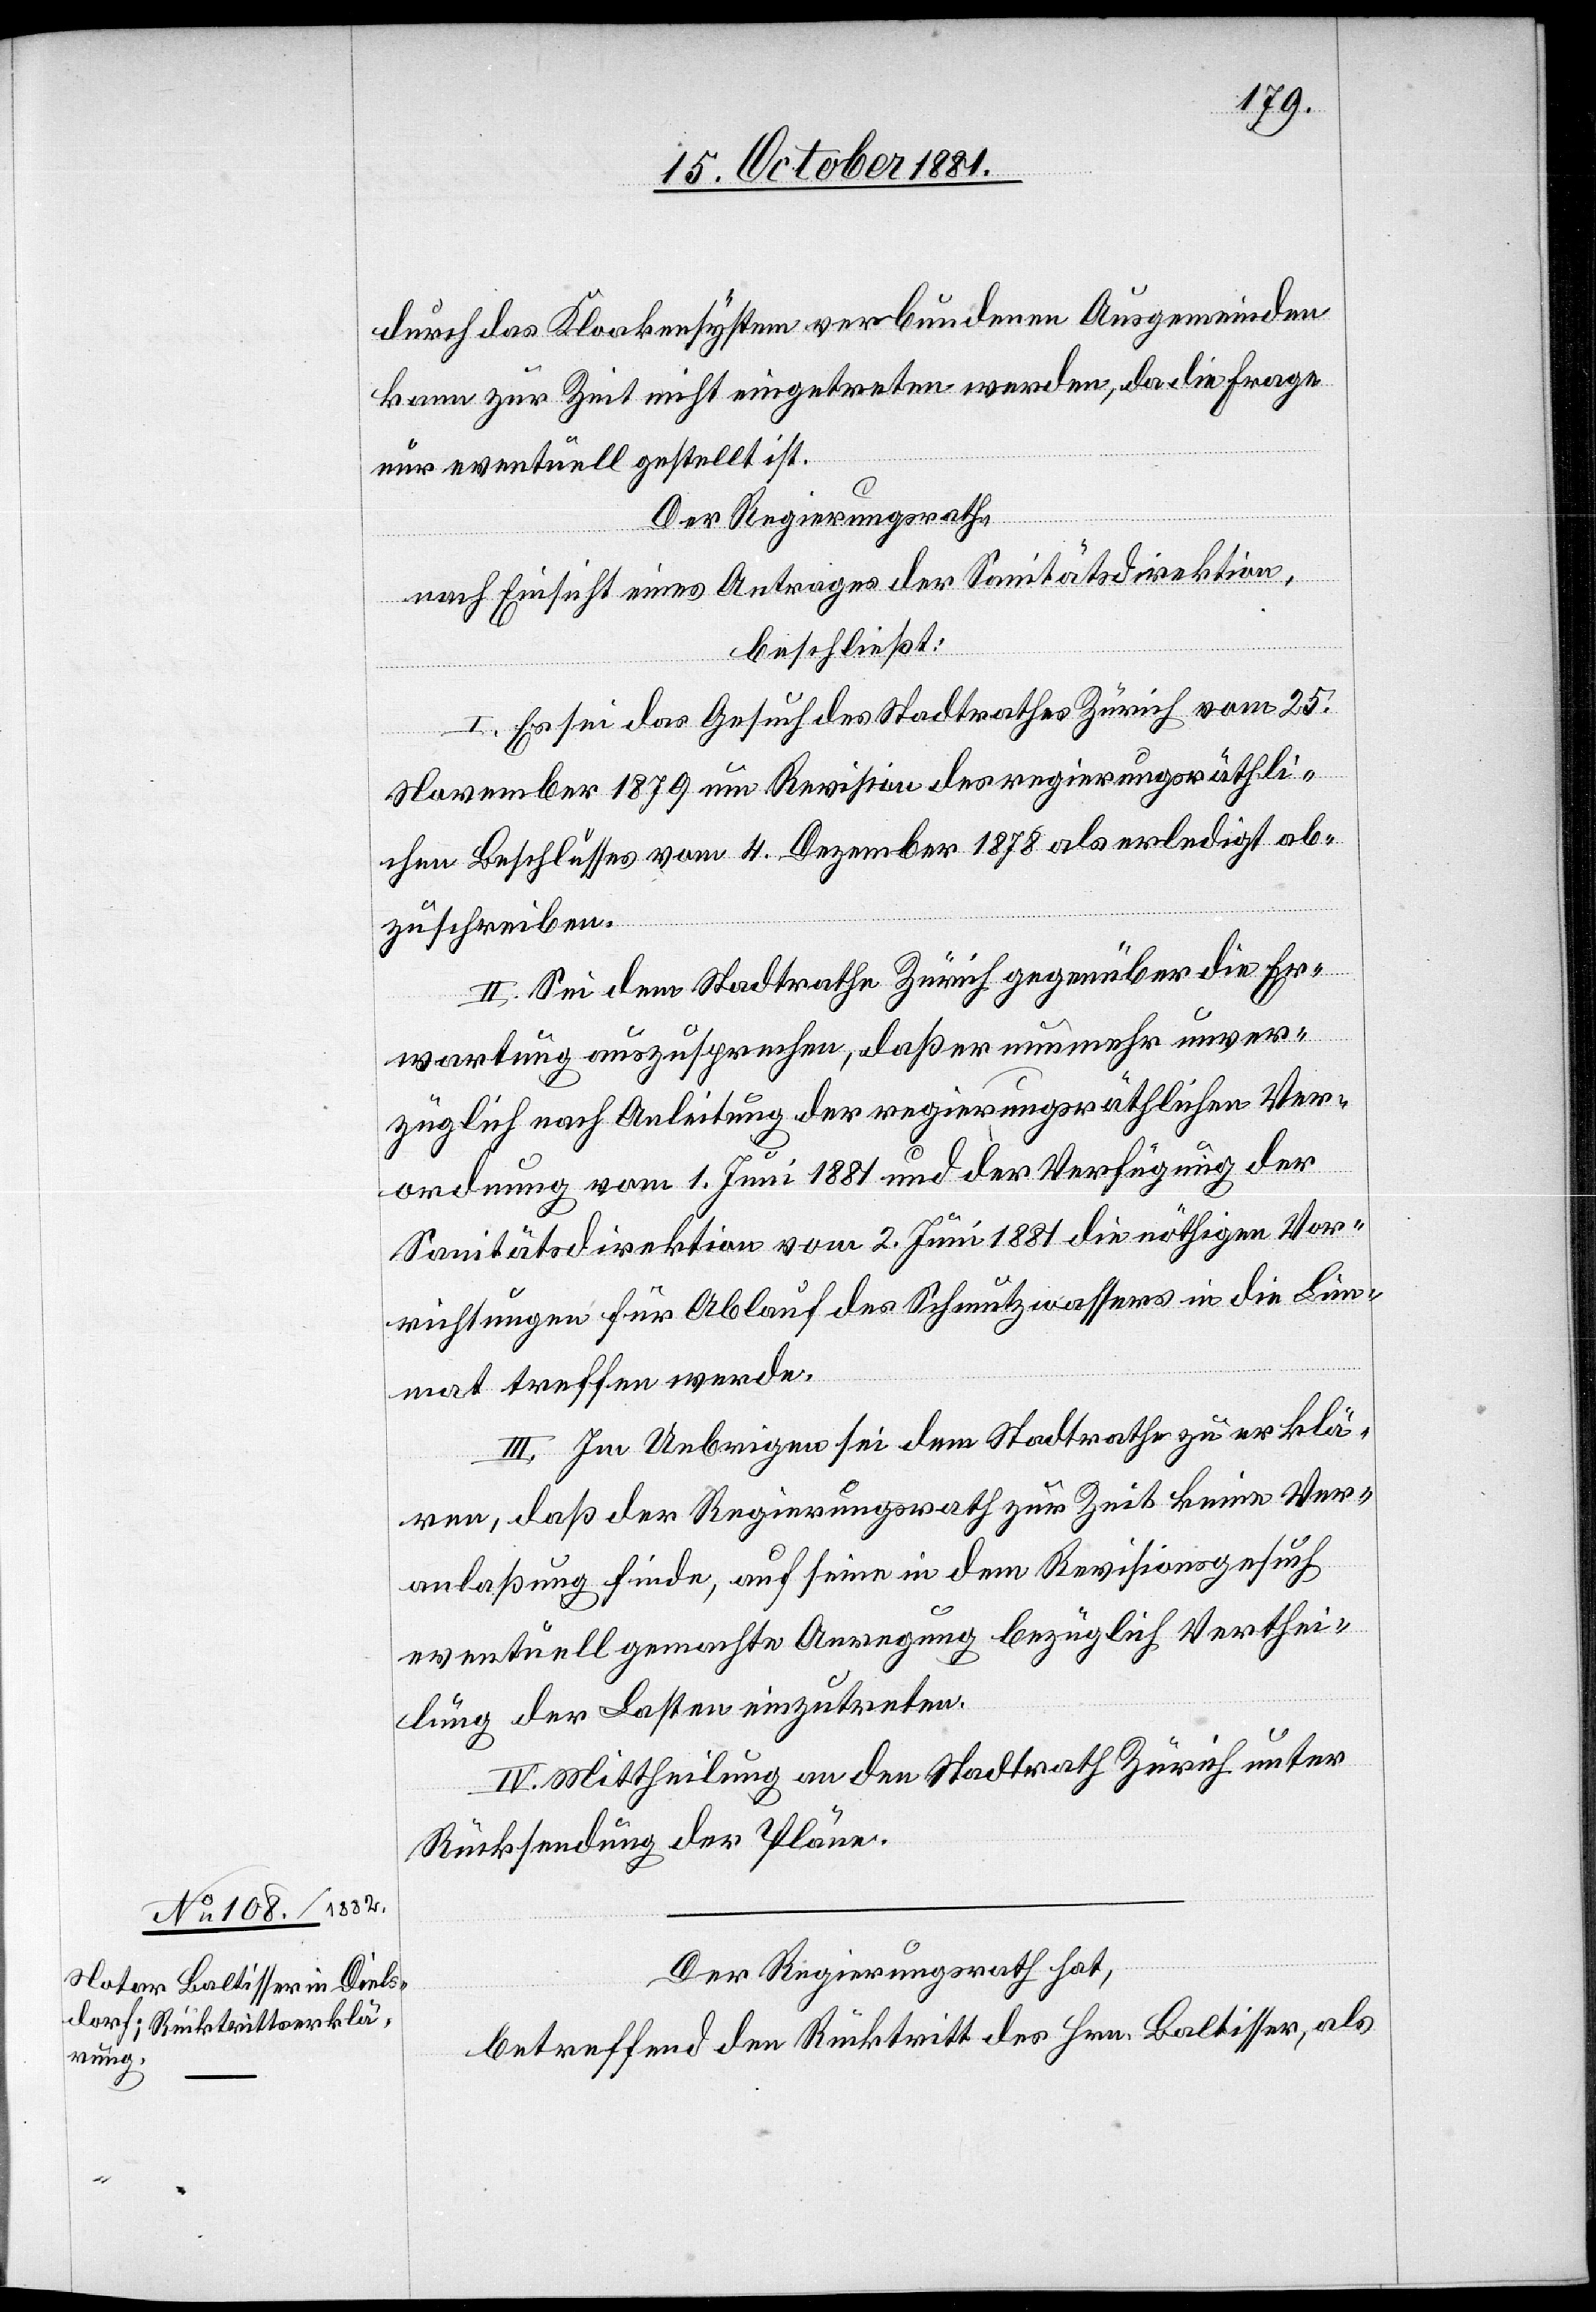
durch das Kloakensystem verbundenen Ausgemeinden
kann zur Zeit nicht eingetreten werden, da die Frage
nur eventuell gestellt ist.
Der Regierungsrath,
nach Einsicht eines Antrages der Sanitätsdirektion,
beschließt:
I. Es sei das Gesuch des Stadtrathes Zürich vom 25.
November 1879 um Revision des regierungsräthli¬
chen Beschlusses vom 4. Dezember 1878 als erledigt ab¬
zuschreiben.
II. Sei dem Stadtrathe Zürich gegenüber die Er¬
wartung auszusprechen, daß er nunmehr unver¬
züglich nach Anleitung der regierungsräthlichen Ver¬
ordnung vom 1. Juni 1881 und der Verfügung der
Sanitätsdirektion vom 2. Juni 1881 die nöthigen Vor¬
richtungen für Ablauf des Schmutzwassers in die Lim¬
mat treffen werde.
III. Im Uebrigen sei dem Stadtrathe zu erklä¬
ren, daß der Regierungsrath zur Zeit keine Ver¬
anlaßung finde, auf seine in dem Revisionsgesuch
eventuell gemachte Anregung bezüglich Verthei¬
lung der Lasten einzutreten.
IV. Mittheilung an den Stadtrath Zürich unter
Rücksendung der Pläne.
Der Regierungsrath hat,
betreffend den Rücktritt des Hrn. Baltisser, als